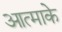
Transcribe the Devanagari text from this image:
आत्माके